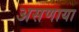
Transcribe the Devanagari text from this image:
असणाया